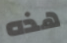
هذه